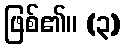
ဖြစ်၏။ (၃)